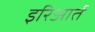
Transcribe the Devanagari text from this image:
इरिआर्त